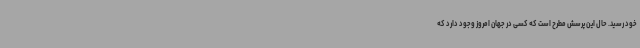
خود رسید. حال این پرسش مطرح است که کسی در جهان امروز وجود دارد که